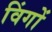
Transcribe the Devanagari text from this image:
विंगों